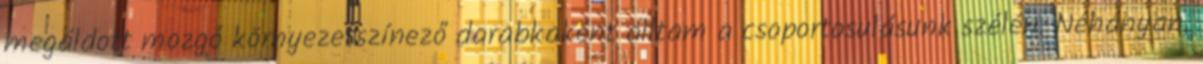
megáldott mozgó környezetszínező darabkaként álltam a csoportosulásunk szélén. Néhányan,